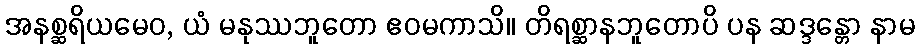
အနစ္ဆရိယမေဝ, ယံ မနုဿဘူတော ဧဝမကာသိ။ တိရစ္ဆာနဘူတောပိ ပန ဆဒ္ဒန္တော နာမ